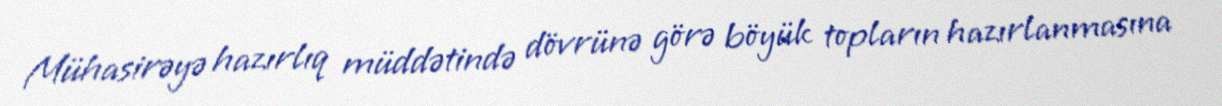
Mühasirəyə hazırlıq müddətində dövrünə görə böyük topların hazırlanmasına